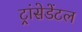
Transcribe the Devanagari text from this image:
ट्रांसेडेंटल